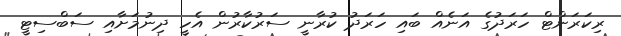
ރިކަރަންޓް ހަރަދުގެ އަނެއް ބައި ހަރަދު ކުރާނީ ސަރުކާރުން އެހީ ދިނުމަށާއި ސަބްސިޓީ